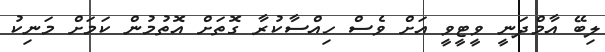
ލިބޭ އާމްދަނީ ވީޓީވީ އަށް ވެސް ހިއްސާކުރާ ގޮތަށް އޮތުމުން ކަމަށް މަނިކު